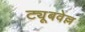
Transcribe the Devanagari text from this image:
ट्यूबवेल्ल